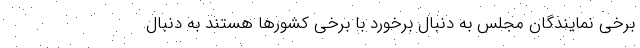
برخی نمایندگان مجلس به دنبال برخورد با برخی کشورها هستند به دنبال